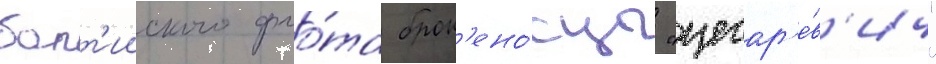
балт'ииского фло́та брон'ено́сцы "цесар'е́в'ич"